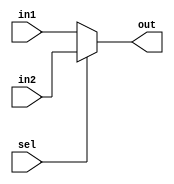
module mux_2to1_8bit (in1, in2, sel, out);

input [7:0] in1, in2;
input sel;

output reg [7:0] out;

always @ (*) begin
	out <= sel ? in2 : in1;
end

endmodule